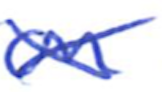
Text: on
Cross-out: mix
Writing tool: ballpoint